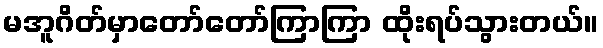
မအူဂိတ်မှာတော်တော်ကြာကြာ ထိုးရပ်သွားတယ်။